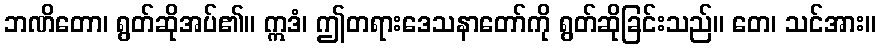
ဘဏိတော၊ ရွတ်ဆိုအပ်၏။ ဣဒံ၊ ဤတရားဒေသနာတော်ကို ရွတ်ဆိုခြင်းသည်။ တေ၊ သင်အား။